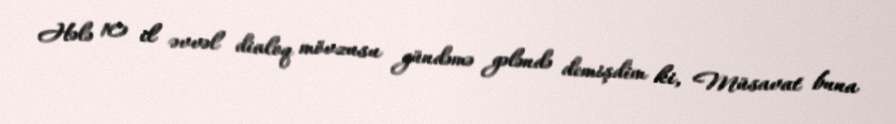
Hələ 10 il əvvəl dialoq mövzusu gündəmə gələndə demişdim ki, Müsavat buna